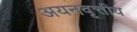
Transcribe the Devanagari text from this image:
अयनवृत्तीय